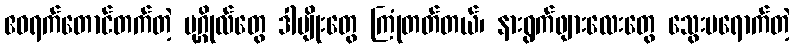
ဧဝရက်တောင်တက်တဲ့ ပုဂ္ဂိုလ်တွေ ဒါမျိုးတွေ ကြုံတတ်တယ်၊ နားရွက်ဖျားလေးတွေ သွေးမရောက်တဲ့